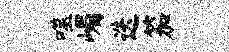
噬嵋迭笳